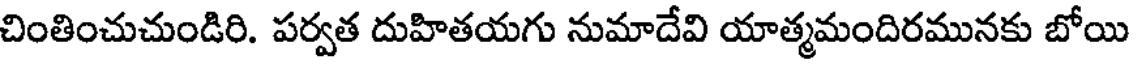
చింతించుచుండిరి. పర్వత దుహితయగు నుమాదేవి యాత్మమందిరమునకు బోయి